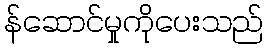
န်ဆောင်မှုကိုပေးသည်